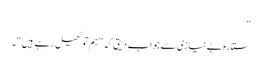
“
ستارہ بے نیازی سے جواب دیتی کہ ”ہم تو کھیل رہے ہیں“۔